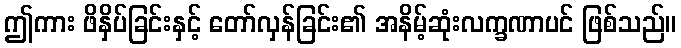
ဤကား ဖိနှိပ်ခြင်းနှင့် တော်လှန်ခြင်း၏ အနိမ့်ဆုံးလက္ခဏာပင် ဖြစ်သည်။